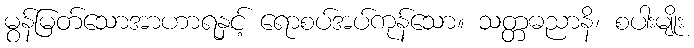
မွန်မြတ်သောအာဟာရနှင့် ရောစပ်အပ်ကုန်သော။ သတ္တဓညာနိ၊ စပါးမျိုး